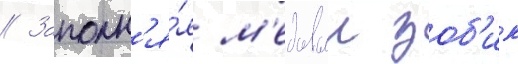
// Заполн'я́я м'едовыи зоб'ик